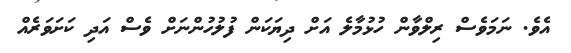
އެވެ. ނަމަވެސް ރިލްވާން ހުޅުމާލެ އަށް ދިޔަކަން ފުލުހުންނަށް ވެސް އަދި ކަށަވަރެއް